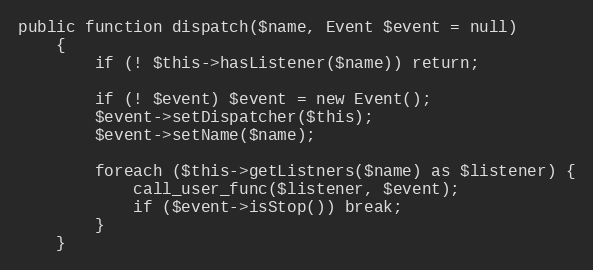
Language: PHP
public function dispatch($name, Event $event = null)
    {
        if (! $this->hasListener($name)) return;

        if (! $event) $event = new Event();
        $event->setDispatcher($this);
        $event->setName($name);

        foreach ($this->getListners($name) as $listener) {
            call_user_func($listener, $event);
            if ($event->isStop()) break;
        }
    }